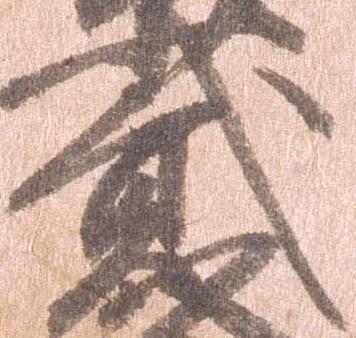
弐